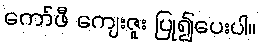
ကော်ဖီ ကျေးဇူး ပြု၍ပေးပါ။